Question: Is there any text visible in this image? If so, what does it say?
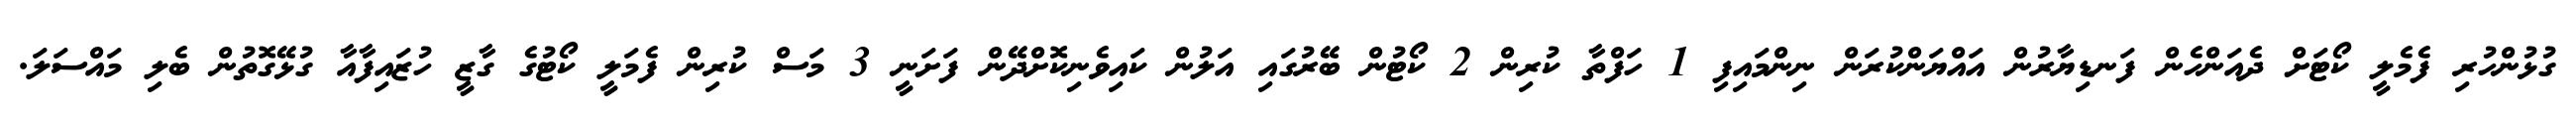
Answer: ގުޅުންހުރި ފެމެލީ ކޯޓަށް ދެއަންހެން ފަނޑިޔާރުން އައްޔަންކުރަން ނިންމައިފި 1 ހަފްތާ ކުރިން 2 ކޯޓުން ބޭރުގައި އަލުން ކައިވެނިކޮށްދޭން ފަށަނީ 3 މަސް ކުރިން ފެމަލީ ކޯޓުގެ ގާޒީ ހުޒައިފާއާ ގުޅޭގޮތުން ބެލި މައްސަލަ.